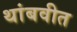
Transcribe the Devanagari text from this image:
थांबवीत